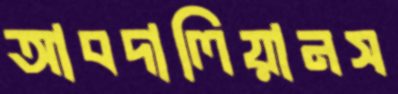
আবদালিয়ানস